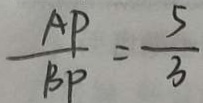
\frac { A P } { B P } = \frac { 5 } { 3 }